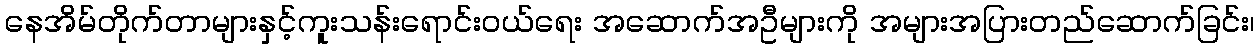
နေအိမ်တိုက်တာများနှင့်ကူးသန်းရောင်းဝယ်ရေး အဆောက်အဦများကို အများအပြားတည်ဆောက်ခြင်း၊